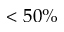
< 5 0 \%